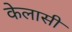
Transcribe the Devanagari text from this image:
केलासी